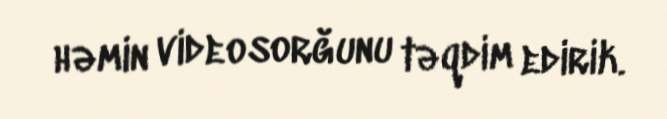
həmin videosorğunu təqdim edirik.